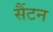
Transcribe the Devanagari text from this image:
सैंटन